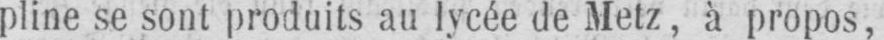
pline se sont produits au lycée de Metz, à propos,